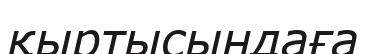
қыртысындаға